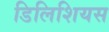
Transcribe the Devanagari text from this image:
डिलिशियस